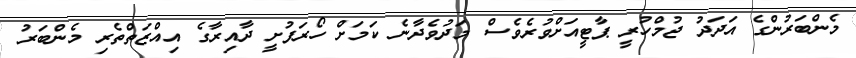
މެންބަރުންގެ އަދަދު ޖުމްހުރީ ޕާޓީއަށްވުރެވެސް މަދުވެދާނެ ކަމަށް ހޯރަފުށީ ދާއިރާގެ އިއްޒަތްތެރި މެންބަރު